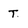
Character: T